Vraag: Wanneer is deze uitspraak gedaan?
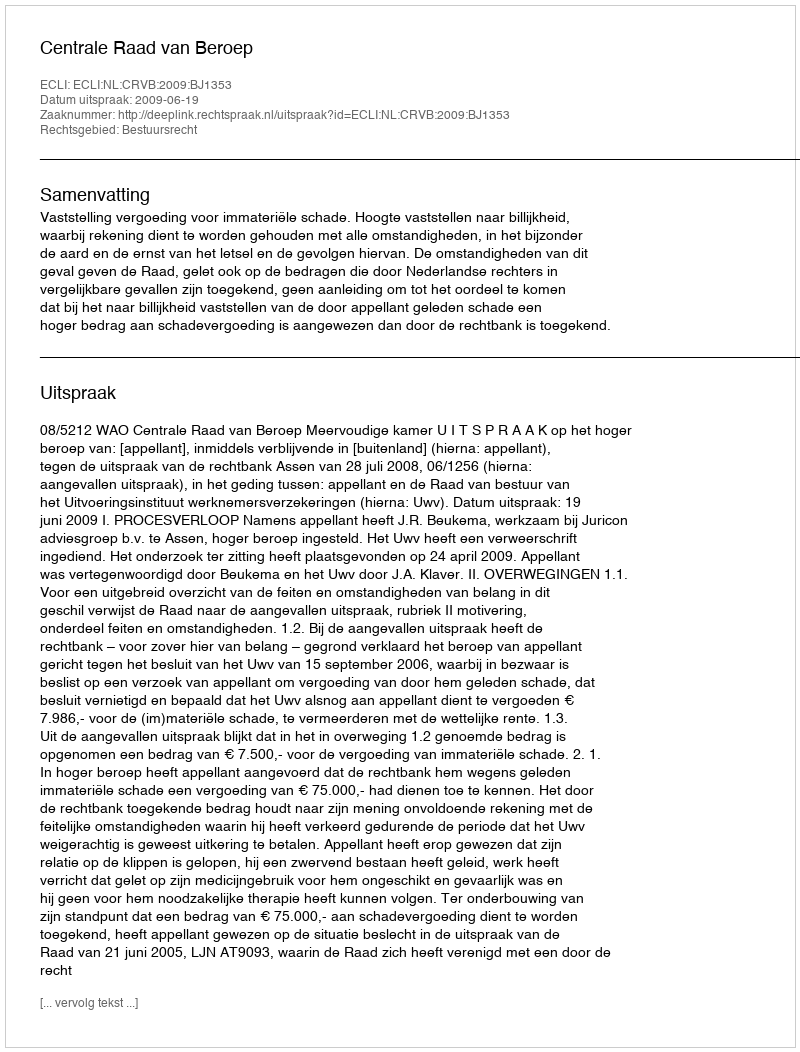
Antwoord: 2009-06-19